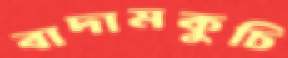
বাদামকুচি